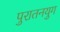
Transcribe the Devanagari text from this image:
पुरातनयुग